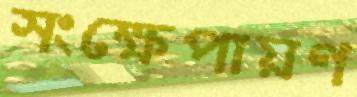
সংক্ষেপায়ণ